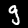
Label: 9